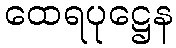
ထေရပုဋ္ဌေန